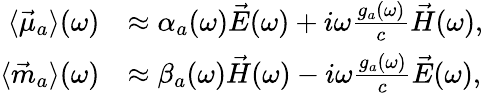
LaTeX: \begin{array}{rl}{\langle\vec{\mu}_{a}\rangle(\omega)}&{\approx\alpha_{a}(\omega)\vec{E}(\omega)+i\omega\frac{g_{a}(\omega)}{c}\vec{H}(\omega),}\\ {\langle\vec{m}_{a}\rangle(\omega)}&{\approx\beta_{a}(\omega)\vec{H}(\omega)-i\omega\frac{g_{a}(\omega)}{c}\vec{E}(\omega),}\end{array}